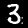
Label: 3